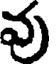
వు